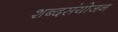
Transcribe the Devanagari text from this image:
शब्दसंयोजन